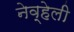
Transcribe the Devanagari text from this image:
नेव्हेली